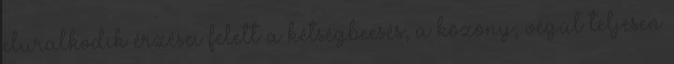
eluralkodik érzései felett a kétségbeesés, a közöny, végül teljesen